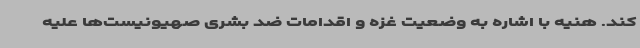
کند. هنیه با اشاره به وضعیت غزه و اقدامات ضد بشری صهیونیست‌ها علیه